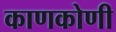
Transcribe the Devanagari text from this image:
काणकोणी